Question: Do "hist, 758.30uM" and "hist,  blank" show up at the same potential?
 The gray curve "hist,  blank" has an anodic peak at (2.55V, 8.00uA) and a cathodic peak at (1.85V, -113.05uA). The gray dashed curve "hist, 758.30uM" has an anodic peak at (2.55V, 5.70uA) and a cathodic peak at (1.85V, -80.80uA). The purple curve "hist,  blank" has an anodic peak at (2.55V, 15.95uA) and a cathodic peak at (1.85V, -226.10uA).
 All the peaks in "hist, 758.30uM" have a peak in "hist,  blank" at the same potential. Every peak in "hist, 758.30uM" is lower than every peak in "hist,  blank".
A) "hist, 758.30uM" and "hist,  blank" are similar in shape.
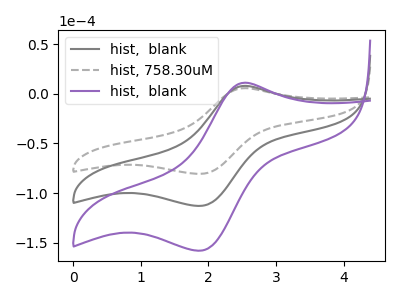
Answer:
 <answer>A) "hist, 758.30uM" and "hist,  blank" are similar in shape.</answer>
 <eval>A</eval>